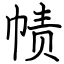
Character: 帻